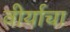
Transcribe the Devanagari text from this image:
वीर्याचा